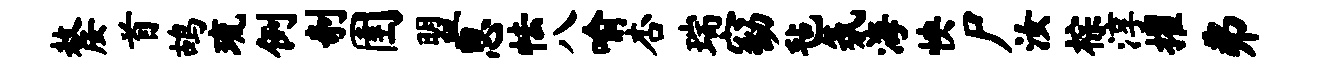
嫠首鸪琉例剞圉盟思怯八喻杏瑞窈毡氛海怏尸汝棕淳擢弗